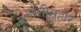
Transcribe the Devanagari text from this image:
हालीसहार